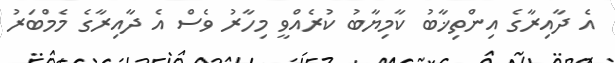
އެ ދާއިރާގެ އިންތިޚާބު ކާމިޔާބު ކުރެއްވީ މިހާރު ވެސް އެ ދާއިރާގެ މެމްބަރު